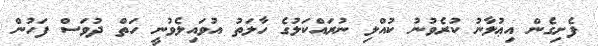
ފެށިގެން އިޢުލާނު ކުރެވުނު ކުއްލި ނުރައްކަލުގެ ހާލަތު އުވައިލެވުނީ ހަތް ދުވަސް ފަހުން